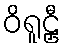
ဝိရူဠှီ